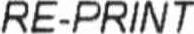
RE-PRINT